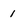
Character: 1